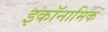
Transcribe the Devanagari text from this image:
इकॉनामिक